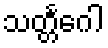
သတ္တင်္ဂေါ